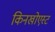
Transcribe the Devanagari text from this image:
किनखोएस्ट